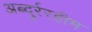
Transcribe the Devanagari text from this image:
अब्दुर्ररहीम